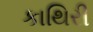
કાથિરી